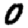
Digit: 0